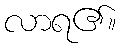
လာရ၏။